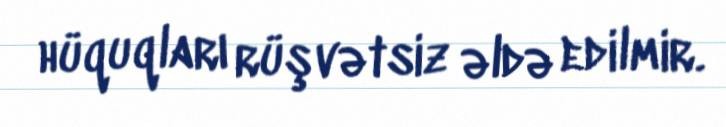
hüquqları rüşvətsiz əldə edilmir.